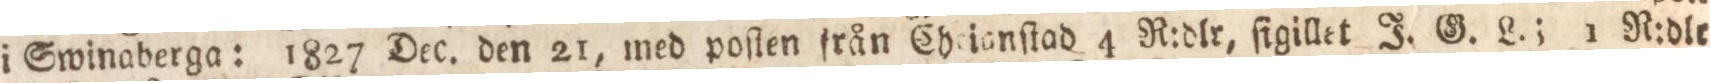
i Swinaberga: 1827 Dec. den 21, med poſten från Chrianſtad 4 R:dlr, ſigillet J. G. L.; 1 R:dlr